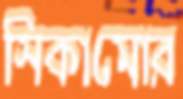
সিকামোর